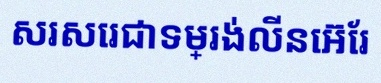
សរសេរជាទម្រង់លីនេអ៊ែរ